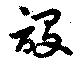
設